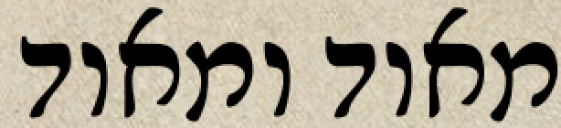
מאוד ומאוד